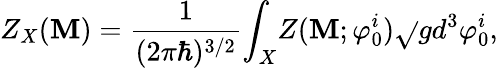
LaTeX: Z_{X}({\cal\mathbf{M}})=\frac{{1}}{{(2\pi\hbar)^{3/2}}}{\int}_{X}Z({\cal\mathbf{M}};{\varphi}_{0}^{i})\sqrt{}{{g}}d^{3}{\varphi}_{0}^{i},